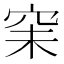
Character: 𥥘